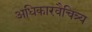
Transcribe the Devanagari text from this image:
अधिकारवैचित्र्य